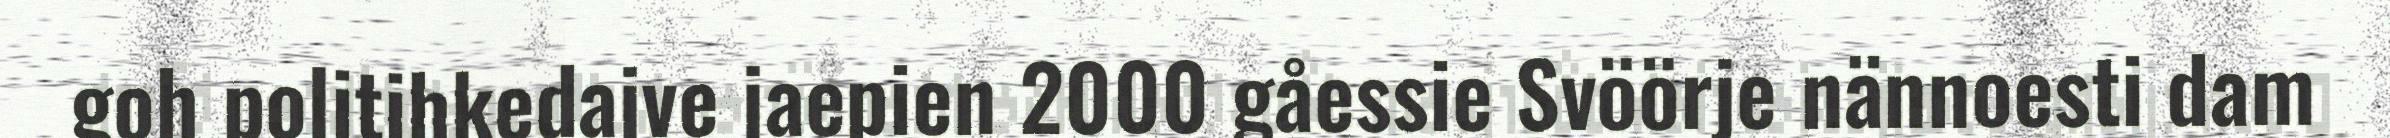
goh politihkedajve jaepien 2000 gåessie Svöörje nännoesti dam